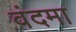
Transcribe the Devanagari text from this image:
वंदमा